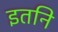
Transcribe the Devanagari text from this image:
इतनि